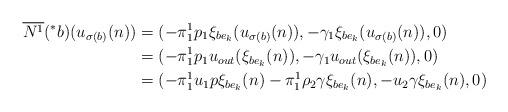
LaTeX: \begin{align*}\overline{N^{1}}(^{\ast}b)(u_{\sigma(b)}(n))&=(-\pi_{1}^{1}p_{1}\xi_{be_{k}}(u_{\sigma(b)}(n)),-\gamma_{1}\xi_{be_{k}}(u_{\sigma(b)}(n)),0) \\&=(-\pi_{1}^{1}p_{1}u_{out}(\xi_{be_{k}}(n)),-\gamma_{1}u_{out}(\xi_{be_{k}}(n)),0) \\&=(-\pi_{1}^{1}u_{1}p\xi_{be_{k}}(n)-\pi_{1}^{1}\rho_{2}\gamma\xi_{be_{k}}(n),-u_{2}\gamma\xi_{be_{k}}(n),0) \end{align*}